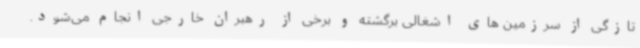
تازگی از سرزمین های اشغالی برگشته و برخی از رهبران خارجی انجام می‌شود.